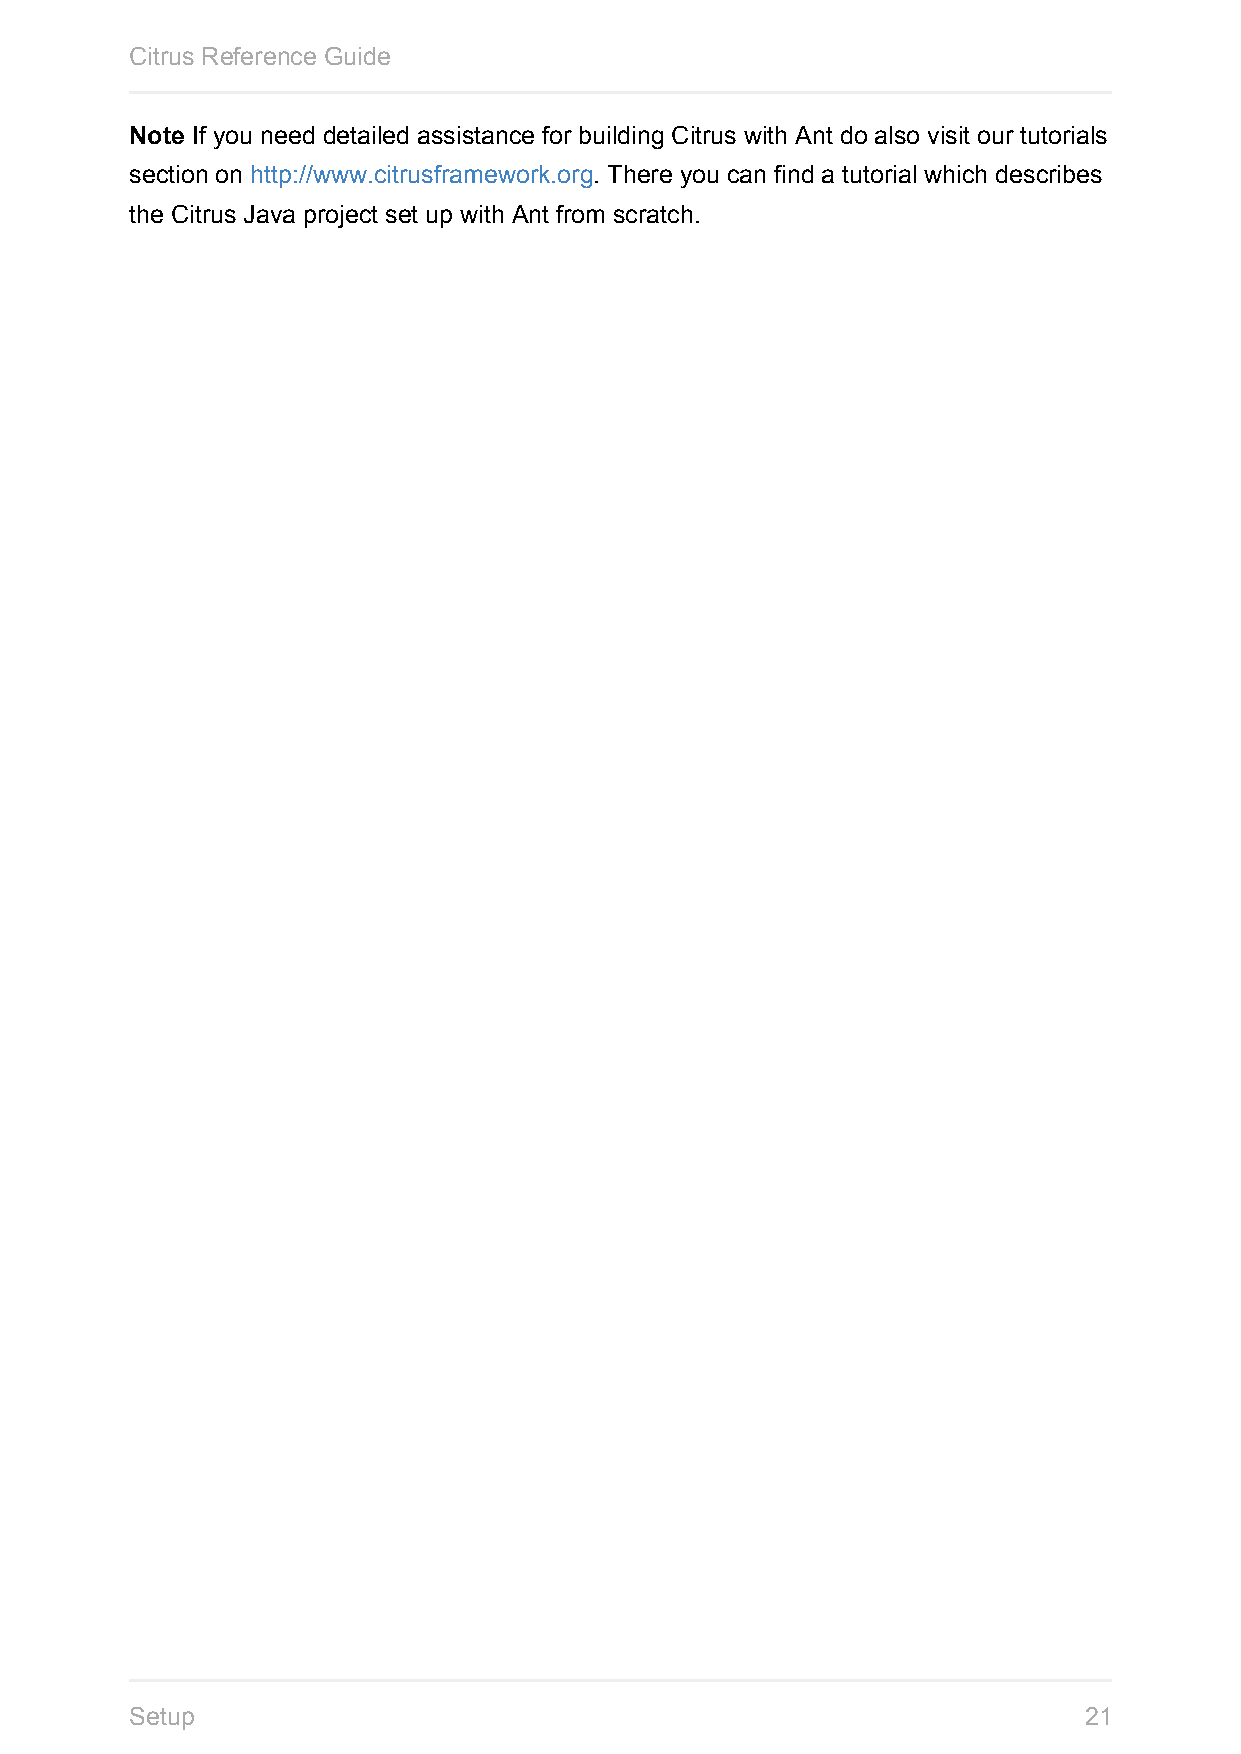
Citrus Reference Guide
 Note If you need detailed assistance for building Citrus with Ant do also visit our tutorials
 section on http://www.citrusframework.org. There you can find a tutorial which describes
 the Citrus Java project set up with Ant from scratch.
 Setup                                                          21